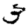
Digit: 3